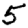
Digit: 5